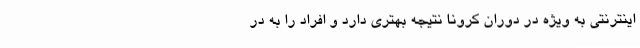
اینترنتی به ویژه در دوران کرونا نتیجه بهتری دارد و افراد را به در